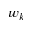
w _ { k }